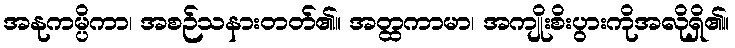
အနုကမ္ပိကာ၊ အစဉ်သနားတတ်၏။ အတ္ထကာမာ၊ အကျိုးစိးပွားကိုအလိုရှိ၏။